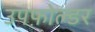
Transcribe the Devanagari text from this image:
उपफ़ोल्डर